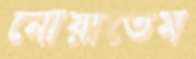
নোয়াতেম